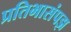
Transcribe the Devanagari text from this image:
प्रतिभासंपझ